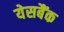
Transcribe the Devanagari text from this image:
येसबैंक